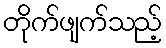
တိုက်ဖျက်သည့်